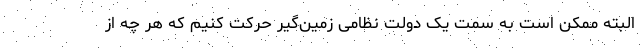
البته ممکن است به سمت یک دولت نظامی زمین‌گیر حرکت کنیم که هر چه از